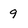
Character: 9